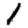
Digit: 1